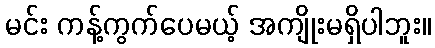
မင်း ကန့်ကွက်ပေမယ့် အကျိုးမရှိပါဘူး။